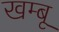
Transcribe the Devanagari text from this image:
खम्बू